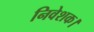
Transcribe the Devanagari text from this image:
निवेशक।